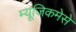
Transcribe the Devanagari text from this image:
म्यूजिकमेसे